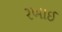
રખાઈ